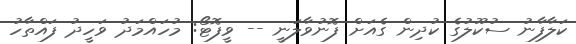
ކަލާފާނު ސުކޫލުގެ ކުދިން ގެއަށް ފޮނުވާލަނީ -- ވީފޮޓޯ: މުހައްމަދު ވަހީދު ފައްތާހު